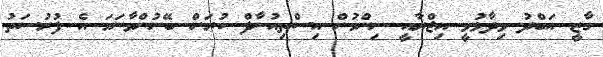
ގާޒީ އަބްދު ވިދާޅުވީ އިޖްރާއީ ނިންމުން އިސްތިއުނާފް ކުރަން ބޭނުންވާނަމަ އެ ފުރުސަތު